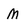
Character: M